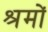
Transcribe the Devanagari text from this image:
श्रमों